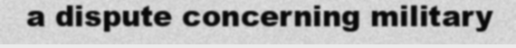
a dispute concerning military